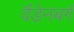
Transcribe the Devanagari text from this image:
वैंडेनबर्ग